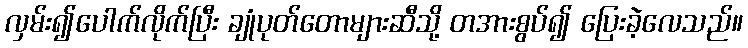
လှမ်း၍ပေါက်လိုက်ပြီး ချုံပုတ်တောများဆီသို့ တအားစွပ်၍ ပြေးခဲ့လေသည်။